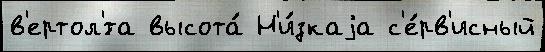
в'ертол'́та высота́ Н'и́зкаjа с'е́рв'исный